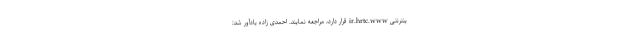
ینترنتی ir.hrtc.www قرار دارد، مراجعه نمایند. احمدی زاده یادآور شد: